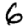
Digit: 6